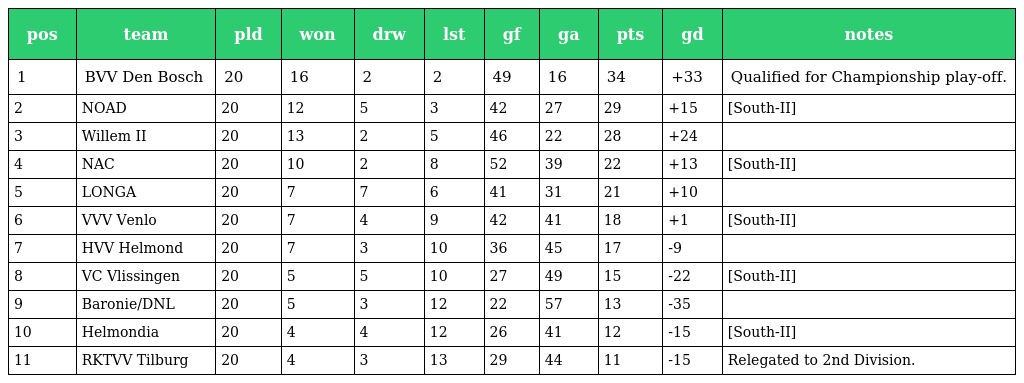
| pos | team | pld | won | drw | lst | gf | ga | pts | gd | notes |
 | --- | --- | --- | --- | --- | --- | --- | --- | --- | --- | --- |
 | 1 | BVV Den Bosch | 20 | 16 | 2 | 2 | 49 | 16 | 34 | +33 | Qualified for Championship play-off. |
 | 2 | NOAD | 20 | 12 | 5 | 3 | 42 | 27 | 29 | +15 | [South-II] |
 | 3 | Willem II | 20 | 13 | 2 | 5 | 46 | 22 | 28 | +24 |  |
 | 4 | NAC | 20 | 10 | 2 | 8 | 52 | 39 | 22 | +13 | [South-II] |
 | 5 | LONGA | 20 | 7 | 7 | 6 | 41 | 31 | 21 | +10 |  |
 | 6 | VVV Venlo | 20 | 7 | 4 | 9 | 42 | 41 | 18 | +1 | [South-II] |
 | 7 | HVV Helmond | 20 | 7 | 3 | 10 | 36 | 45 | 17 | -9 |  |
 | 8 | VC Vlissingen | 20 | 5 | 5 | 10 | 27 | 49 | 15 | -22 | [South-II] |
 | 9 | Baronie/DNL | 20 | 5 | 3 | 12 | 22 | 57 | 13 | -35 |  |
 | 10 | Helmondia | 20 | 4 | 4 | 12 | 26 | 41 | 12 | -15 | [South-II] |
 | 11 | RKTVV Tilburg | 20 | 4 | 3 | 13 | 29 | 44 | 11 | -15 | Relegated to 2nd Division. |